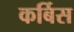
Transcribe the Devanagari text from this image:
कर्बिस